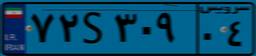
۴۸S۳۷۵۴۹